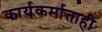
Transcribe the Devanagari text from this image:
कार्यकर्माताही